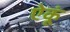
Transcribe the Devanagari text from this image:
ऐकूं